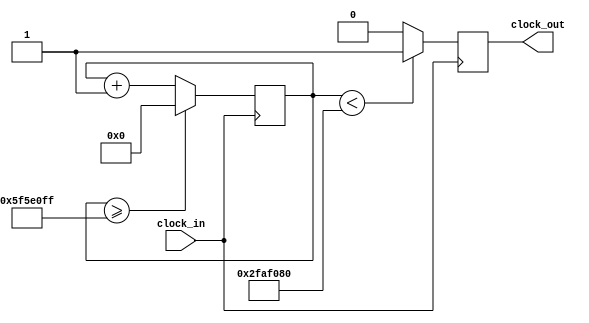
// This part has been implemented after studying from internet

module Clock_divider(
input clock_in, // input clock on FPGA
output reg clock_out // output clock after dividing the input clock by divisor
 );
reg[27:0] counter=28'd0;
parameter DIVISOR = 28'd100_000_000;
// The frequency of the output clk_out
//  = The frequency of the input clk_in divided by DIVISOR
// For example: Fclk_in = 50Mhz, if you want to get 1Hz signal to blink LEDs
// You will modify the DIVISOR parameter value to 28'd50.000.000
// Then the frequency of the output clk_out = 50Mhz/50.000.000 = 1Hz
always @(posedge clock_in)
begin
 counter <= counter + 28'd1;
 if(counter>=(DIVISOR-1))
 	counter <= 28'd0;
 clock_out <= (counter<DIVISOR/2)?1'b1:1'b0;
end

endmodule